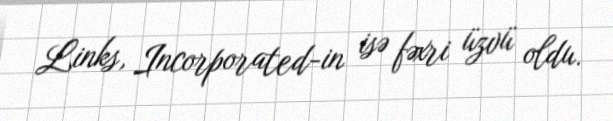
Links, Incorporated-in isə fəxri üzvü oldu.